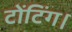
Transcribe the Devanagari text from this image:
टोंटिंग।